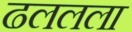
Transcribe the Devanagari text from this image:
ढललला